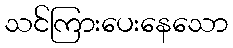
သင်ကြားပေးနေသော